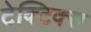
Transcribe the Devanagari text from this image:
टेक्टिक्स